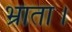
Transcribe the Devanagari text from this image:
भ्राता।